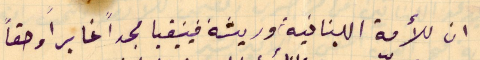
ان للأمة اللبنانية وريثة فينيقيا مجداً غابراً وحقاً